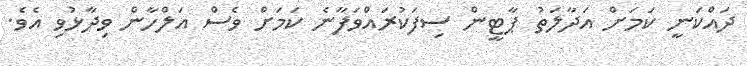
ދައްކަނީ ކަމަށް އަދާލަތު ޕާޓީން ސިފަކުރައްވަފާނެ ކަމަށް ވެސް އަލްހާން ވިދާޅުވި އެވެ.